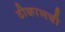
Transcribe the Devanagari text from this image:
ठीकाणची